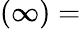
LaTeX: (\infty)=